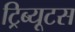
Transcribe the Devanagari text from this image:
ट्रिब्यूटस